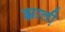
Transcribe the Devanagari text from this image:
झाली़